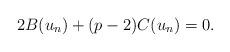
LaTeX: \begin{align*}2B(u_{n})+(p-2)C(u_{n})=0.\end{align*}